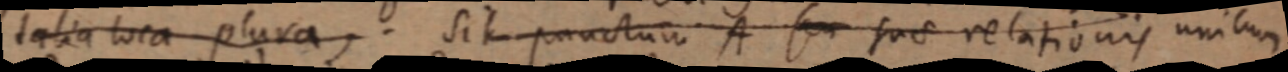
talia loca plura, . Sit punctum A seu suae relationis unicum